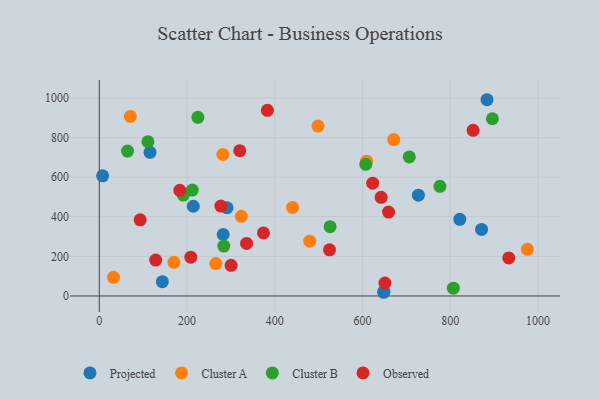
{"axis": {"x": "Study Hours", "y": "Profit"}, "legend": ["Cluster A", "Cluster B", "Observed", "Projected"], "data": [{"x": "883.9", "y": 991.3, "type": "Projected"}, {"x": "871.4", "y": 336.0, "type": "Projected"}, {"x": "115.6", "y": 725.6, "type": "Projected"}, {"x": "282.4", "y": 310.6, "type": "Projected"}, {"x": "291.2", "y": 445.7, "type": "Projected"}, {"x": "727.4", "y": 509.1, "type": "Projected"}, {"x": "821.8", "y": 387.3, "type": "Projected"}, {"x": "648.4", "y": 18.7, "type": "Projected"}, {"x": "7.6", "y": 607.0, "type": "Projected"}, {"x": "143.7", "y": 72.4, "type": "Projected"}, {"x": "648.9", "y": 22.4, "type": "Projected"}, {"x": "214.3", "y": 453.1, "type": "Projected"}, {"x": "609.3", "y": 681.1, "type": "Cluster A"}, {"x": "32.4", "y": 94.1, "type": "Cluster A"}, {"x": "479.7", "y": 277.0, "type": "Cluster A"}, {"x": "281.7", "y": 714.7, "type": "Cluster A"}, {"x": "323.8", "y": 402.2, "type": "Cluster A"}, {"x": "498.6", "y": 858.3, "type": "Cluster A"}, {"x": "440.5", "y": 447.3, "type": "Cluster A"}, {"x": "265.6", "y": 163.9, "type": "Cluster A"}, {"x": "975.9", "y": 235.7, "type": "Cluster A"}, {"x": "170.1", "y": 170.0, "type": "Cluster A"}, {"x": "671.2", "y": 790.2, "type": "Cluster A"}, {"x": "70.8", "y": 906.9, "type": "Cluster A"}, {"x": "896.2", "y": 895.3, "type": "Cluster B"}, {"x": "607.5", "y": 664.8, "type": "Cluster B"}, {"x": "191.4", "y": 509.6, "type": "Cluster B"}, {"x": "706.7", "y": 702.2, "type": "Cluster B"}, {"x": "283.9", "y": 252.0, "type": "Cluster B"}, {"x": "776.6", "y": 553.7, "type": "Cluster B"}, {"x": "224.7", "y": 902.2, "type": "Cluster B"}, {"x": "64.3", "y": 732.0, "type": "Cluster B"}, {"x": "110.9", "y": 779.3, "type": "Cluster B"}, {"x": "526.1", "y": 350.0, "type": "Cluster B"}, {"x": "212.1", "y": 535.1, "type": "Cluster B"}, {"x": "807.2", "y": 39.3, "type": "Cluster B"}, {"x": "320.2", "y": 733.9, "type": "Observed"}, {"x": "623.2", "y": 570.0, "type": "Observed"}, {"x": "335.7", "y": 265.4, "type": "Observed"}, {"x": "374.3", "y": 318.4, "type": "Observed"}, {"x": "208.7", "y": 195.9, "type": "Observed"}, {"x": "300.4", "y": 155.0, "type": "Observed"}, {"x": "659.4", "y": 423.8, "type": "Observed"}, {"x": "383.2", "y": 937.7, "type": "Observed"}, {"x": "651.1", "y": 65.0, "type": "Observed"}, {"x": "642.5", "y": 498.1, "type": "Observed"}, {"x": "183.5", "y": 533.5, "type": "Observed"}, {"x": "277.2", "y": 454.3, "type": "Observed"}, {"x": "524.8", "y": 233.3, "type": "Observed"}, {"x": "93.2", "y": 384.5, "type": "Observed"}, {"x": "852.2", "y": 836.5, "type": "Observed"}, {"x": "933.5", "y": 192.2, "type": "Observed"}, {"x": "128.5", "y": 181.1, "type": "Observed"}]}